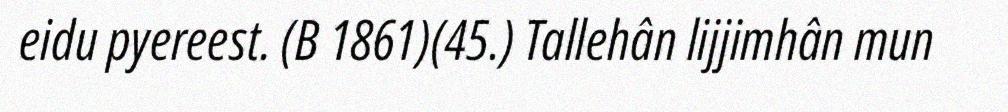
eidu pyereest. (B 1861)(45.) Tallehân lijjimhân mun